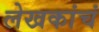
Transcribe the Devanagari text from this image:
लेखकांचं